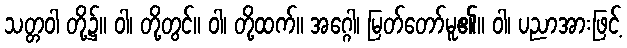
သတ္တဝါ တို့၌။ ဝါ၊ တို့တွင်။ ဝါ၊ တို့ထက်။ အဂ္ဂေါ၊ မြတ်တော်မူ၏။ ဝါ၊ ပညာအားဖြင့်